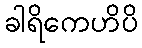
ခါရိကေဟိပိ